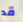
قد